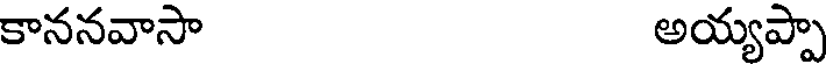
కాననవాసా అయ్యప్పా